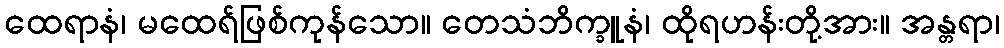
ထေရာနံ၊ မထေရ်ဖြစ်ကုန်သော။ တေသံဘိက္ခူနံ၊ ထိုရဟန်းတို့အား။ အန္တရာ၊